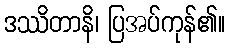
ဒဿိတာနိ၊ ပြအပ်ကုန်၏။